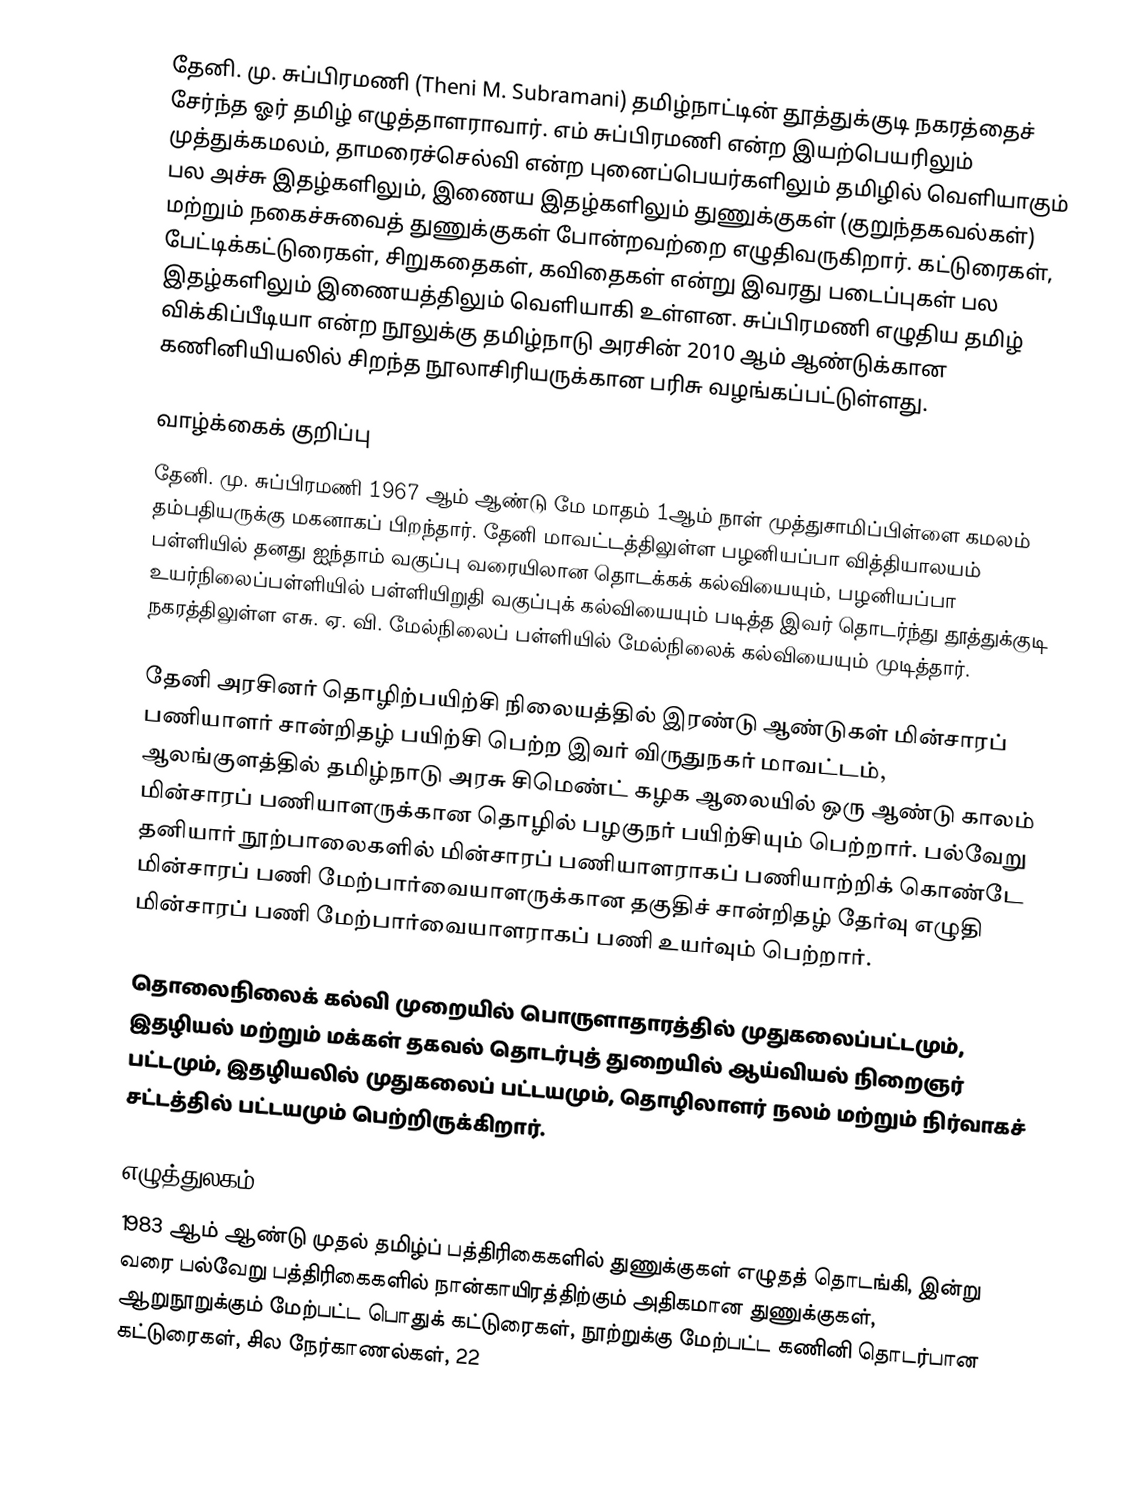
தேனி. மு. சுப்பிரமணி (Theni M. Subramani) தமிழ்நாட்டின் தூத்துக்குடி நகரத்தைச் சேர்ந்த ஓர் தமிழ் எழுத்தாளராவார். எம் சுப்பிரமணி என்ற இயற்பெயரிலும் முத்துக்கமலம், தாமரைச்செல்வி என்ற புனைப்பெயர்களிலும் தமிழில் வெளியாகும் பல அச்சு இதழ்களிலும், இணைய இதழ்களிலும் துணுக்குகள் (குறுந்தகவல்கள்) மற்றும் நகைச்சுவைத் துணுக்குகள் போன்றவற்றை எழுதிவருகிறார். கட்டுரைகள், பேட்டிக்கட்டுரைகள், சிறுகதைகள், கவிதைகள் என்று இவரது படைப்புகள் பல இதழ்களிலும் இணையத்திலும் வெளியாகி உள்ளன. சுப்பிரமணி எழுதிய தமிழ் விக்கிப்பீடியா என்ற நூலுக்கு தமிழ்நாடு அரசின் 2010 ஆம் ஆண்டுக்கான கணினியியலில் சிறந்த நூலாசிரியருக்கான பரிசு வழங்கப்பட்டுள்ளது.

வாழ்க்கைக் குறிப்பு
தேனி. மு. சுப்பிரமணி 1967 ஆம் ஆண்டு மே மாதம் 1ஆம் நாள் முத்துசாமிப்பிள்ளை கமலம் தம்பதியருக்கு மகனாகப் பிறந்தார். தேனி மாவட்டத்திலுள்ள  பழனியப்பா வித்தியாலயம் பள்ளியில் தனது ஐந்தாம் வகுப்பு வரையிலான தொடக்கக் கல்வியையும், பழனியப்பா உயர்நிலைப்பள்ளியில் பள்ளியிறுதி வகுப்புக் கல்வியையும் படித்த இவர் தொடர்ந்து தூத்துக்குடி நகரத்திலுள்ள எசு. ஏ. வி. மேல்நிலைப் பள்ளியில் மேல்நிலைக் கல்வியையும் முடித்தார்.

தேனி அரசினர் தொழிற்பயிற்சி நிலையத்தில் இரண்டு ஆண்டுகள் மின்சாரப் பணியாளர் சான்றிதழ் பயிற்சி பெற்ற இவர் விருதுநகர் மாவட்டம், ஆலங்குளத்தில் தமிழ்நாடு அரசு சிமெண்ட் கழக ஆலையில் ஒரு ஆண்டு காலம் மின்சாரப் பணியாளருக்கான தொழில் பழகுநர் பயிற்சியும் பெற்றார். பல்வேறு தனியார் நூற்பாலைகளில் மின்சாரப் பணியாளராகப் பணியாற்றிக் கொண்டே மின்சாரப் பணி மேற்பார்வையாளருக்கான தகுதிச் சான்றிதழ் தேர்வு எழுதி மின்சாரப் பணி மேற்பார்வையாளராகப் பணி உயர்வும் பெற்றார்.

தொலைநிலைக் கல்வி முறையில் பொருளாதாரத்தில் முதுகலைப்பட்டமும், இதழியல் மற்றும் மக்கள் தகவல் தொடர்புத் துறையில் ஆய்வியல் நிறைஞர் பட்டமும், இதழியலில் முதுகலைப் பட்டயமும், தொழிலாளர் நலம் மற்றும் நிர்வாகச் சட்டத்தில் பட்டயமும் பெற்றிருக்கிறார்.

எழுத்துலகம்
1983 ஆம் ஆண்டு முதல் தமிழ்ப் பத்திரிகைகளில் துணுக்குகள் எழுதத் தொடங்கி, இன்று வரை பல்வேறு பத்திரிகைகளில் நான்காயிரத்திற்கும் அதிகமான துணுக்குகள், ஆறுநூறுக்கும்  மேற்பட்ட பொதுக் கட்டுரைகள்,  நூற்றுக்கு மேற்பட்ட கணினி தொடர்பான கட்டுரைகள், சில நேர்காணல்கள்,  22